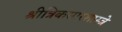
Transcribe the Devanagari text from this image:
श्रीत्रिकसारशास्त्रे